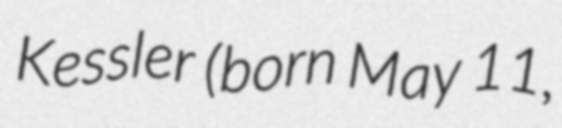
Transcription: Kessler (born May 11,